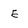
Character: e